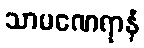
သာမဏေရာနံ